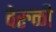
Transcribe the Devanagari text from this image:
वेरुळी